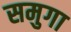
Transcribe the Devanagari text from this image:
समुगा